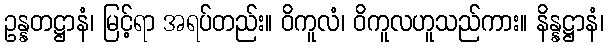
ဥန္နတဋ္ဌာနံ၊ မြင့်ရာ အရပ်တည်း။ ဝိကူလံ၊ ဝိကူလဟူသည်ကား။ နိန္နဋ္ဌာနံ၊